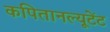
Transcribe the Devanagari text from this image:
कपितानल्यूटेंट